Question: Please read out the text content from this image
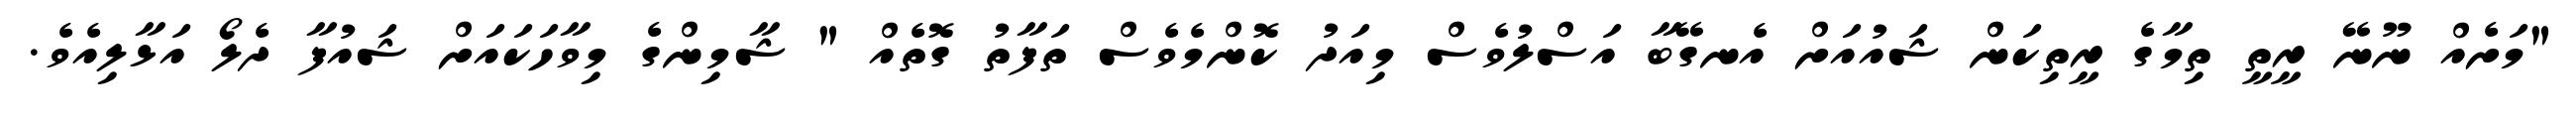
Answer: "މަށެއް ނޫނޭ ރީތީ ތިމާގެ ރީތިކަން ޝައުއަށް އެނގޭބާ އަސްލުވެސް މިއަދު ކޮންމެވެސް ތަފާތު ގޮތެއް " ޝާމިންގެ މިވާހަކައަށް ޝައުފާ ދެލޯ އަޅާލިއެވެ.